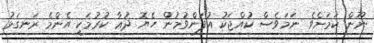
ނޫން ކަމަށެވެ. ނަމަވެސް ކުއްޖަކު އުފަންވުމުން ހެޔޮ ދުޢާ ކުރުމަކީ އެންމެ ރަނގަޅު